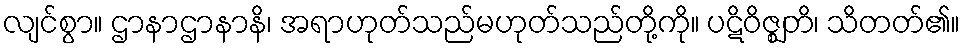
လျင်စွာ။ ဌာနာဌာနာနိ၊ အရာဟုတ်သည်မဟုတ်သည်တို့ကို။ ပဋိဝိဇ္ဈတိ၊ သိတတ်၏။